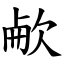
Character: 欳